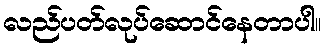
လည်ပတ်လုပ်ဆောင်နေတာပါ။